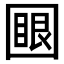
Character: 𡈟